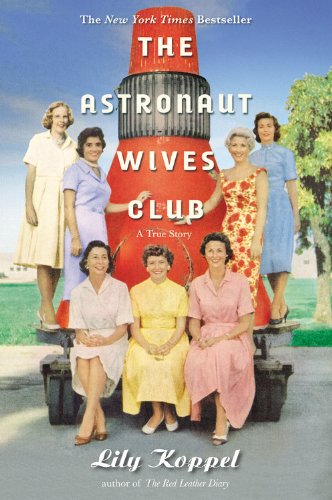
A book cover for The Astronaut Wives Club: A True Story; Lily Koppel; Science & Math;